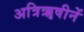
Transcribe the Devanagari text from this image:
अत्रिॠषीनें